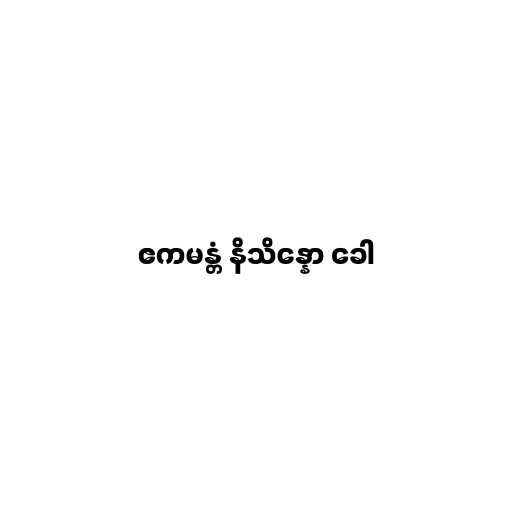
ဧကမန္တံ နိသိန္နော ခေါ